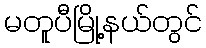
မတူပီမြို့နယ်တွင်